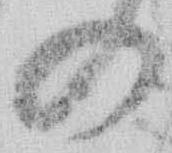
の